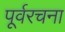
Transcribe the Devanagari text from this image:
पूर्वरचना